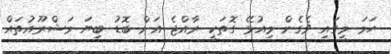
ހަމަ މީގައި ވެގެން މިއުޅޭ ގޮތަކީ ރާއްޖެ އަށް ބޮޑު ބިޔަ މަޝްރޫއުތައް